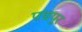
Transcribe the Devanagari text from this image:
पद्मपूर